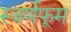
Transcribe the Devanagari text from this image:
स्वर्णफूम